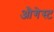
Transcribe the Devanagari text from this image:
औगेस्ट